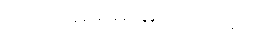
ဘာကိုမှ ရမှာမဟုတ်ဘူး